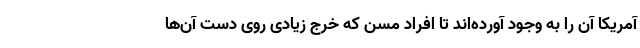
آمریکا آن را به وجود آورده‌اند تا افراد مسن که خرج زیادی روی دست آن‌ها